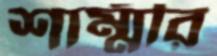
শাম্মীর